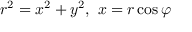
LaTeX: r ^ { 2 } = x ^ { 2 } + y ^ { 2 } , \ x = r \cos \varphi